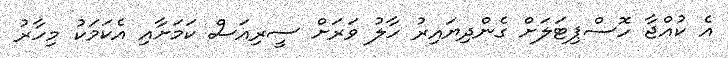
އެ ކުއްޖާ ހޮސްޕިޓަލަށް ގެންދިޔައިރު ހާލު ވަރަށް ސީރިއަސް ކަމަށާއި އެކަމަކު މިހާރު